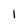
Character: l